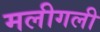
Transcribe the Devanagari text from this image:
मलीगली